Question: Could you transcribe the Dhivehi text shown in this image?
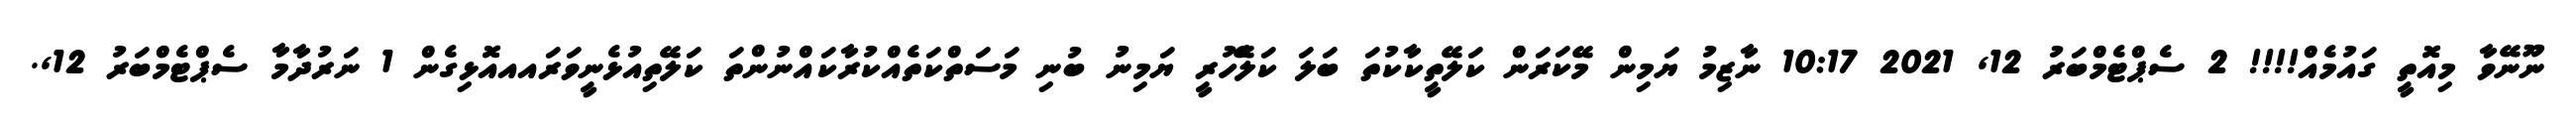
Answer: ނޫނޭވާ މިއޮތީ ގައުމެއް!!!! 2 ސެޕްޓެމްބަރު 12, 2021 10:17 ނާޒިމު ޔަމިން މޭކަރަން ކަލޭތީކާކުތަ ބަލަ ކަލެޭހުރީ ޔަމިނު ބުނި މަސަތްކަތެއްކުރާކައްނުންތަ ކަލޭތިއުޅެނީވަރައއއޮޅިގެން 1 ނަރުދާމާ ސެޕްޓެމްބަރު 12,.